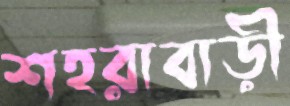
শহরাবাড়ী